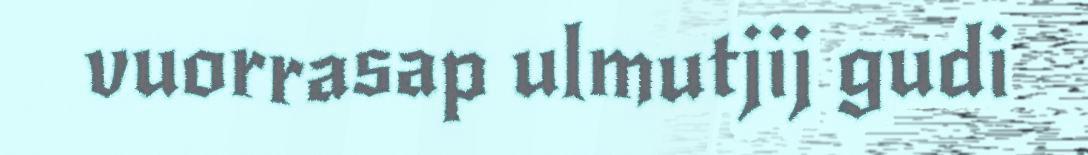
vuorrasap ulmutjij gudi